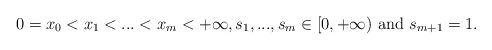
LaTeX: \begin{align*}0=x_{0}<x_{1}<...<x_{m}<+\infty, s_{1},...,s_{m} \in [0,+\infty) \mbox{ and } s_{m+1} = 1.\end{align*}